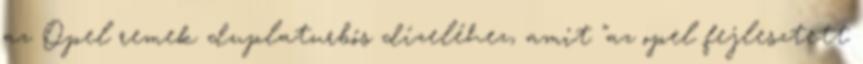
az Opel remek duplaturbós dízeléhez, amit "az opel fejlesztett